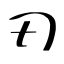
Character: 刃